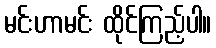
မင်းဟာမင်း ထိုင်ကြည့်ပါ။